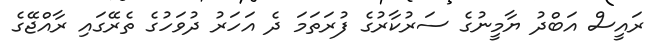
ރައީސް އަބްދު ޔާމީނުގެ ސަރުކާރުގެ ފުރަތަމަ ދެ އަހަރު ދުވަހުގެ ތެރޭގައި ރާއްޖޭގެ